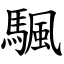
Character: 颿